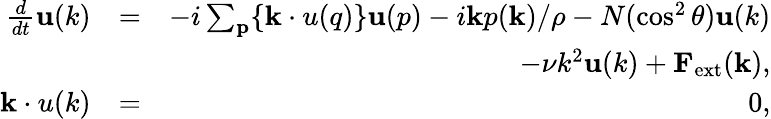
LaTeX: \begin{array}{rlr}{\frac{d}{dt}{\mathbf u(k)}}&{=}&{-i\sum_{\mathbf p}\{ {\mathbf k\cdot u(q)}\} {\mathbf u(p)}-i{\mathbf k}p({\mathbf k})/\rho-N(\cos^{2}\theta){\mathbf u(k)}}\\ &{}&{-\nu k^{2}{\mathbf u(k)}+{\mathbf F}_{\mathrm{ext}}({\mathbf k}),}\\ {{\mathbf k\cdot u(k)}}&{=}&{0,}\end{array}